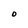
Character: O